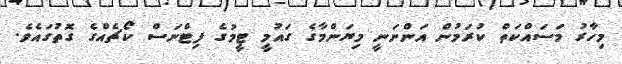
މިހާރު މަސައްކަތް ކުރަމުން އަންނަނީ މިޔަންމާގެ ގައުމީ ޓީމުގެ ފިޓްނަސް ކޯޗެއްގެ ގޮތުގައެވެ.